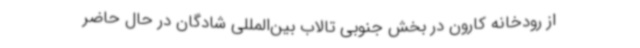
از رودخانه کارون در بخش جنوبی تالاب بین‌المللی شادگان در حال حاضر